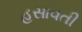
હસાવતી